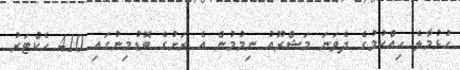
ހުޅުމާލެ ހިއްކުމުގެ ދެވަނަ މަޝްރޫއު ނިމުމުން އެ ރަށުގެ ބޮޑުމިނުގައި 410 ހެކްޓަރު